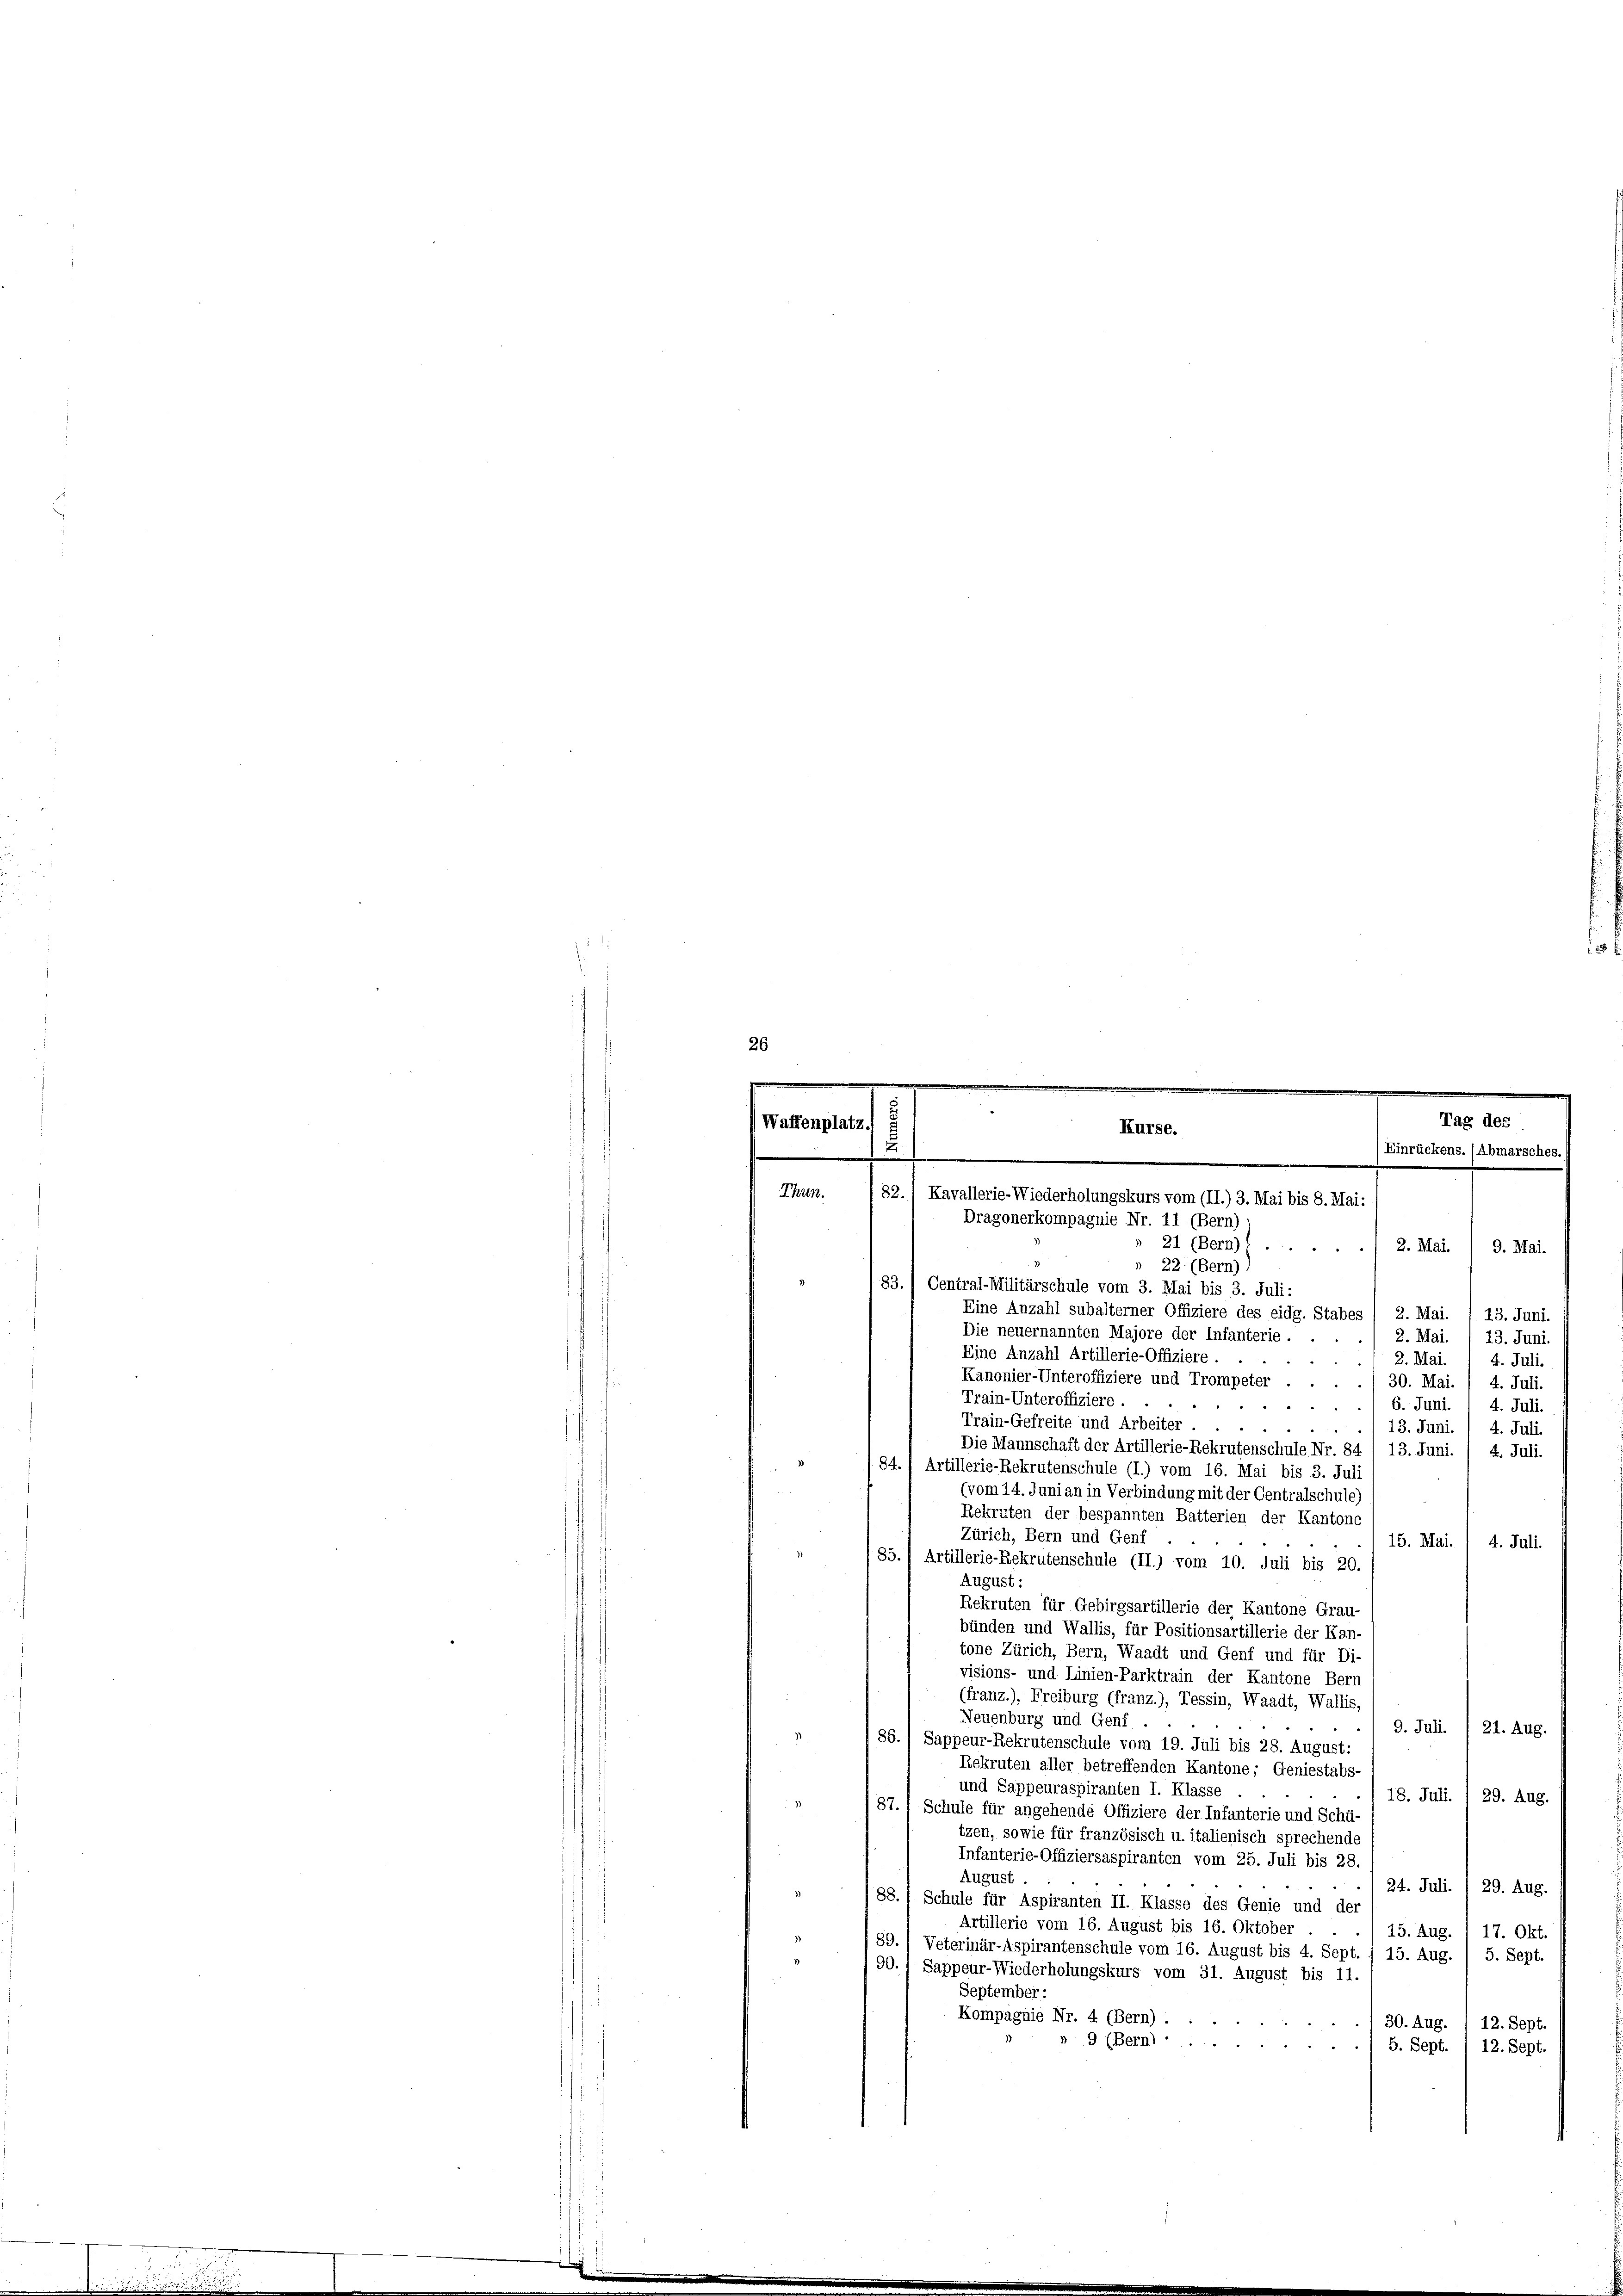
26

22 (Bern).
83. / Central-Militärschule vom 3. Mai bis 3. Juli:
Eine Anzahl subalterner Offiziere des eidg. Stabes / 2. Mai. / 13. Juni.
Die neuernannten Majore der Infanterie.
2. Mai.
13. Juni.
Eine Anzahl Artillerie-Offiziere
4
2. Mai. 4. Juli.
Kanonier-Unteroffiziere und Trompeter . . . 30. Mai. / 4. Juli.
Train-Unteroffiziere.
6. Juni. 1 4. Juli.
Train-Gefreite und Arbeiter.
8
13. Juni.
 5 1
4. Juli.
Die Mannschaft der Artillerie-Rekrutenschule Nr. 84 / 13. Juni. / 4. Juli.
5
84.) Artillerie-Rekrutenschule (I.) vom 16. Mai bis 3. Jul
(vom 14. Juni an in Verbindung mit der Centralschule)
Rekruten der bespannten Batterien der Kantone
Zürich, Bern und Genf
15. Mai. 1 4. Juli.
85.) Artillerie-Rekrutenschule (II.) vom 10. Juli bis 20.
August.
Rekruten für Gebirgsartillerie der Kantone Grau-
bünden und Wallis, für Positionsartillerie der Kan-
tone Zürich, Bern, Waadt und Genf und für Di-
visions- und Linien-Parktrain der Kantone Bern
(franz.), Freiburg (franz.), Tessin, Waadt, Wallis,
Neuenburg und Genf
9. Juli. I 21. Aug.
86. 1 Sappeur-Rekrutenschule vom 19. Juli bis 28. August:
Rekruten aller betreffenden Kantone; Geniestabs
und Sappeuraspiranten I. Klasse.
18. Juli.
29. Aug.
87.) Schule für angehende Offiziere der Infanterie und Schü-
tzen, sowie für französisch u. italienisch sprechende
Infanterie-Offiziersaspiranten vom 25. Juli bis 28.
August
24. Juli. 1 29. Aug.
88.) Schule für Aspiranten II. Klasse des Genie und der
Artillerie vom 16. August bis 16. Oktober
15. Aug.
17. Okt.
89.) Veterinär-Aspirantenschule vom 16. August bis 4. Sept. / 15. Aug.
5. Sept.
90. 1 Sappeur-Wiederholungskurs vom 31. August bis 11.
September:
Kompagnie Nr. 4 (Bern) .
30. Aug.
12. Sept.
9 (Bern) -
5. Sept.
12. Sept.

.
.
 |
.
e
Tag des
Waffenplatz
Kurse.
2
Einrückens. (Abmarsches
e
.
.
82.
Thun.
Kavallerie-Wiederholungskurs vom (II.) 3. Mai bis 8. Mai:
Dragonerkompagnie Nr. 11 (Bern)
» 21 (Bern) ...
2. Mai.
9. Mai